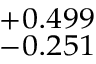
^ { + 0 . 4 9 9 } _ { - 0 . 2 5 1 }